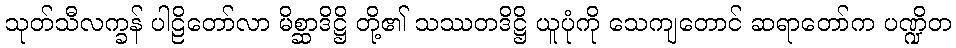
သုတ်သီလက္ခန် ပါဠိတော်လာ မိစ္ဆာဒိဋ္ဌိ တို့၏ သဿတဒိဋ္ဌိ ယူပုံကို သေကျတောင် ဆရာတော်က ပဏ္ဍိတ